Scottish Leaving Certificate Examination, 1960
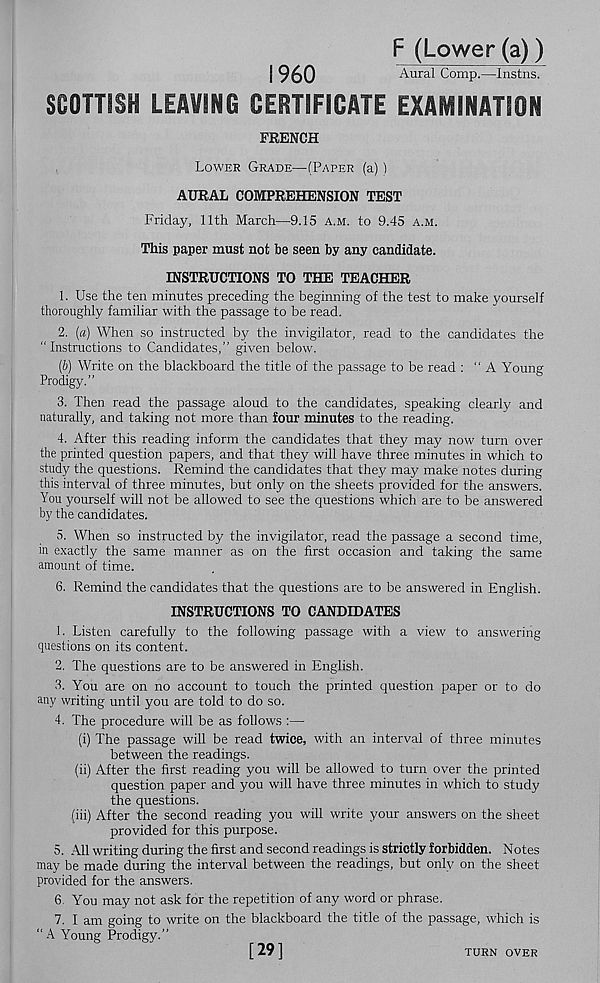
F (Lower (a))
I960
Aural Comp.—Instns.
SCOTTISH LEAVING CERTIFICATE EXAMINATION
FRENCH
Lower Grade—(Paper (a) 1
AURAL COMPREHENSION TEST
Friday, 11th March—9.15 a.m. to 9.45 a.m.
This paper must not be seen by any candidate.
INSTRUCTIONS TO THE TEACHER
1. Use the ten minutes preceding the beginning of the test to make yourself
thoroughly familiar with the passage to be read.
2. (a) When so instructed by the invigilator, read to the candidates the
“ Instructions to Candidates,” given below.
(&) Write on the blackboard the title of the passage to be read : “ A Young
Prodigy.”
3. Then read the passage aloud to the candidates, speaking clearly and
naturally, and taking not more than four minutes to the reading.
4. After this reading inform the candidates that they may now turn over
the printed question papers, and that they will have three minutes in which to
study the questions. Remind the candidates that they may make notes during
this interval of three minutes, but only on the sheets provided for the answers.
You yourself will not be allowed to see the questions which are to be answered
by the candidates.
5. When so instructed by the invigilator, read the passage a second time,
in exactly the same manner as on the first occasion and taking the same
amount of time.
6. Remind the candidates that the questions are to be answered in English.
INSTRUCTIONS TO CANDIDATES
1. Listen carefully to the following passage with a view to answering
questions on its content.
2. The questions are to be answered in English.
3. You are on no account to touch the printed question paper or to do
any writing until you are told to do so.
4. The procedure will be as follows :—
(i) The passage will be read twice, with an interval of three minutes
between the readings.
(ii) After the first reading you will be allowed to turn over the printed
question paper and you will have three minutes in which to study
the questions.
(hi) After the second reading you will write your answers on the sheet
provided for this purpose.
5. All writing during the first and second readings is strictly forbidden. Notes
may be made during the interval between the readings, but only on the sheet
provided for the answers.
6. You may not ask for the repetition of any word or phrase.
7. I am going to write on the blackboard the title of the passage, which is
“ A Young Prodigy.”
[29]
TURN OVER